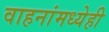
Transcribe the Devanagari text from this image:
वाहनांमध्येही